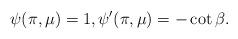
LaTeX: \begin{align*}\psi(\pi,\mu)=1, \psi'(\pi,\mu)=-\cot\beta.\end{align*}